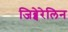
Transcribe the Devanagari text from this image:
जिब्बेरेलिन